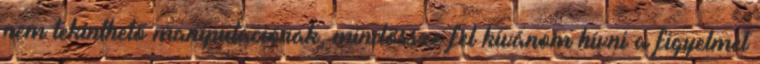
nem tekinthető manipulációnak, mindössze fel kívánom hívni a figyelmet